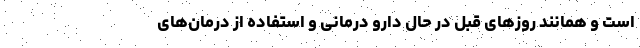
است و همانند روز‌های قبل در حال دارو درمانی و استفاده از درمان‌های